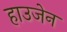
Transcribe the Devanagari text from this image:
हाउजेन